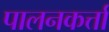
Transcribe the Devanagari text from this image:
पालनकर्त्ता